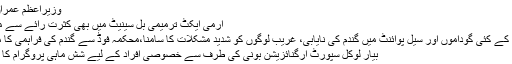
وزیراعظم عمران خان
آرمی ایکٹ ترمیمی بل سینیٹ میں بھی کثرت رائے سے منظور
چترال کے کئی گوداموں اور سیل پوائنٹ میں گندم کی نایابی، غریب لوگوں کو شدید مشکلات کا سامنا،محکمہ فوڈ سے گندم کی فراہمی کا مطالبہ
بیار لوکل سپورٹ ارگنائزیشن بونی کی طرف سے خصوصی افراد کے لیے شش ماہی پروگرام کا افتتاح۔